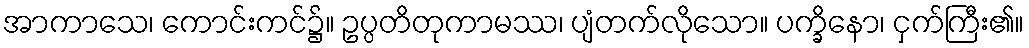
အာကာသေ၊ ကောင်းကင်၌။ ဥပ္ပတိတုကာမဿ၊ ပျံတက်လိုသော။ ပက္ခိနော၊ ငှက်ကြီး၏။